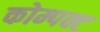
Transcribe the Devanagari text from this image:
कोम्पक्ट